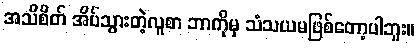
အသိစိတ် အိပ်သွားတဲ့လူစာ ဘာကိုမှ သံသယမဖြစ်တော့ပါဘူး။